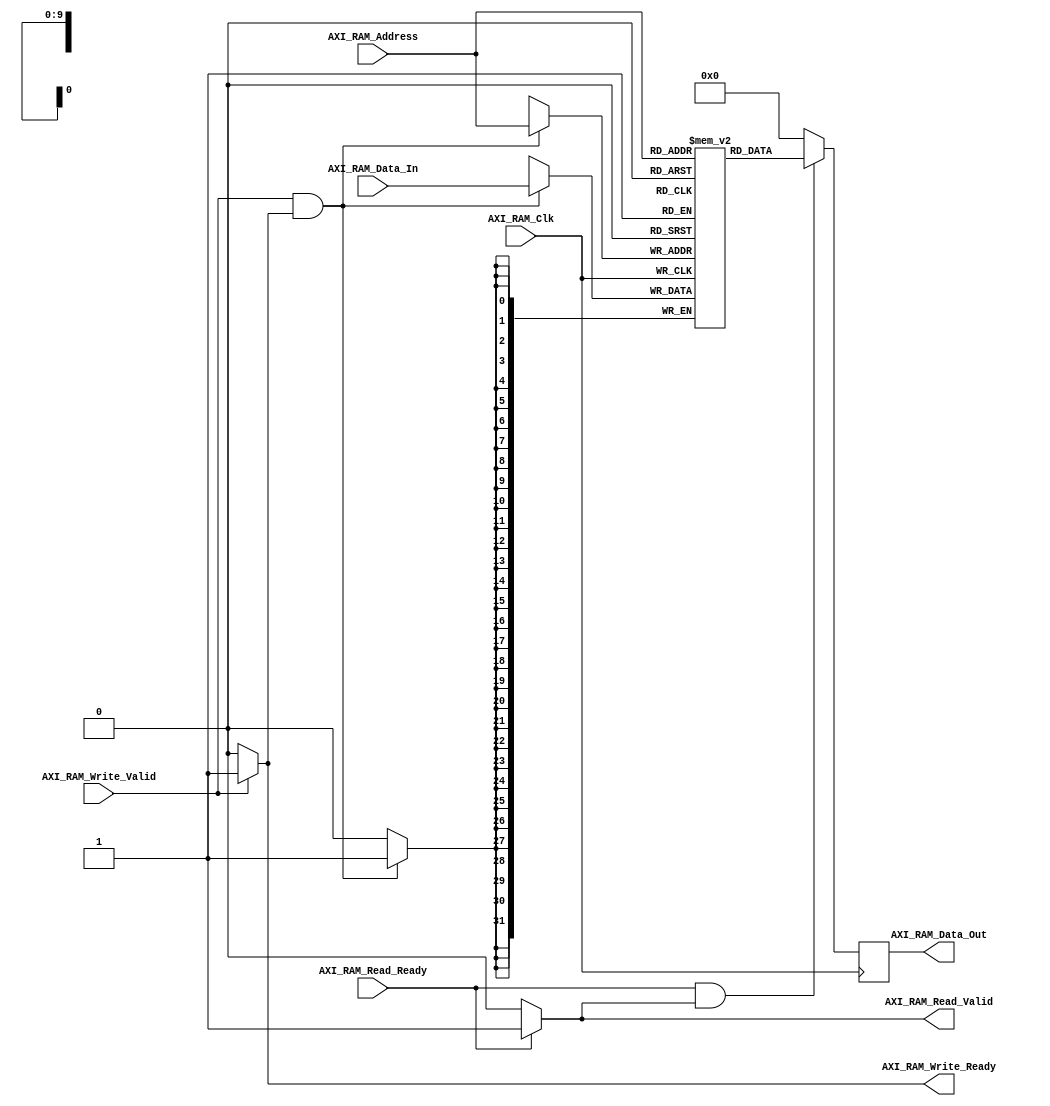
/*#########################################################################
//# Axi ram
//#########################################################################
//#
//# Copyright (C) 2021 Jose Maria Jaramillo Hoyos
//# 
//# This program is free software: you can redistribute it and/or modify
//# it under the terms of the GNU General Public License as published by
//# the Free Software Foundation, either version 3 of the License, or
//# (at your option) any later version.
//#
//# This program is distributed in the hope that it will be useful,
//# but WITHOUT ANY WARRANTY; without even the implied warranty of
//# MERCHANTABILITY or FITNESS FOR A PARTICULAR PURPOSE.  See the
//# GNU General Public License for more details.
//#
//# You should have received a copy of the GNU General Public License
//# along with this program.  If not, see <https://www.gnu.org/licenses/>.
//#
//########################################################################*/


module AXI_RAM #(parameter ADDR_WIDTH = 10)
(
//////////// INPUTS //////////
AXI_RAM_Clk,
AXI_RAM_Read_Ready,
AXI_RAM_Write_Valid,
AXI_RAM_Address, 
AXI_RAM_Data_In,
//////////// OUTPUT //////////
AXI_RAM_Read_Valid,
AXI_RAM_Write_Ready,
AXI_RAM_Data_Out
);

//============================================================
//  PORT DECLARATIONS
//============================================================
input AXI_RAM_Clk;
input AXI_RAM_Read_Ready;
input AXI_RAM_Write_Valid;
input [ADDR_WIDTH-1:0] AXI_RAM_Address;
input [31:0] AXI_RAM_Data_In;

//////////// OUTPUT //////////
output AXI_RAM_Read_Valid;
output AXI_RAM_Write_Ready;
output reg [31:0] AXI_RAM_Data_Out;


reg [31:0] Ram_Array[0:(2**(ADDR_WIDTH-1))];


reg read_valid = 1'b0;
reg write_ready = 1'b0;


always@(AXI_RAM_Read_Ready,AXI_RAM_Write_Valid)
begin
	
	if(AXI_RAM_Read_Ready)
		read_valid=1'b1;
	else
		read_valid=1'b0;
		
	
	if(AXI_RAM_Write_Valid)
		write_ready=1'b1;
	else
		write_ready=1'b0;


end


always@(posedge AXI_RAM_Clk)
begin


	if(AXI_RAM_Write_Valid&write_ready)begin
		Ram_Array[AXI_RAM_Address]<=AXI_RAM_Data_In;
	end
	
	
	if(AXI_RAM_Read_Ready&read_valid) begin
			AXI_RAM_Data_Out<=Ram_Array[AXI_RAM_Address];
	end
	
	else 
		AXI_RAM_Data_Out<=32'b0;

	
	
end



assign AXI_RAM_Read_Valid=read_valid;
assign AXI_RAM_Write_Ready=write_ready;

endmodule